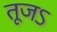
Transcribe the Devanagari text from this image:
तूजऽ